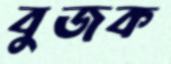
বুজক